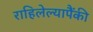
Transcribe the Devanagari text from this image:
राहिलेल्यापैंकी